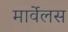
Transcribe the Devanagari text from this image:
मार्वेलस